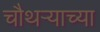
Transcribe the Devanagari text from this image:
चौथऱ्याच्या